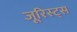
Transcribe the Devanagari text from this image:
जूरिस्ट्स